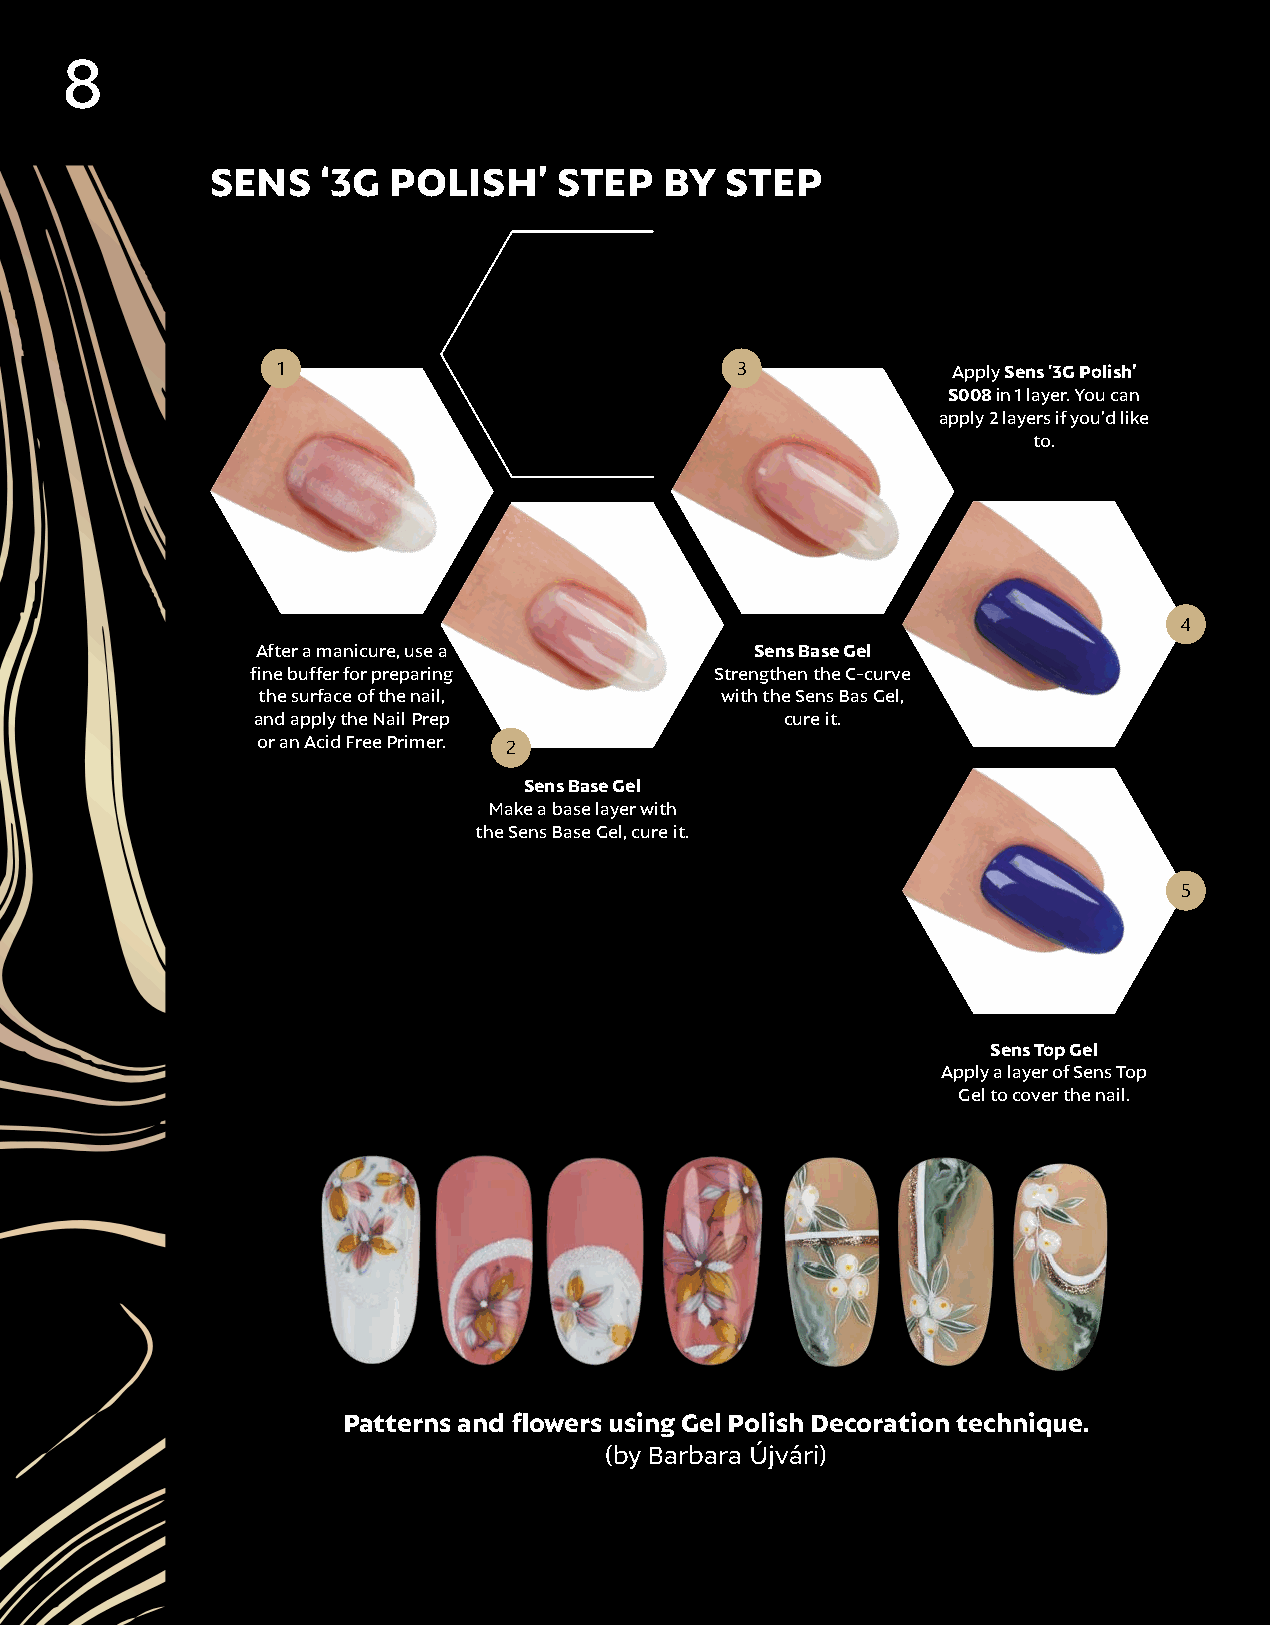
8
 SENS   ‘3G  POLISH’    STEP   BY  STEP
 1                              3             Apply Sens ‘3G Polish’
 S008 in 1 layer. You can
 apply 2 layers if you’d like
 to.
 4
 After a manicure, use a          Sens Base Gel
 fine buffer for preparing     Strengthen the C-curve
 the surface of the nail,       with the Sens Bas Gel,
 and apply the Nail Prep            cure it.
 or an Acid Free Primer.
 2
 Sens Base Gel
 Make a base layer with
 the Sens Base Gel, cure it.
 5
 Sens Top Gel
 Apply a layer of Sens Top
 Gel to cover the nail.
 Patterns and flowers using Gel Polish Decoration technique.
 (by Barbara Újvári)